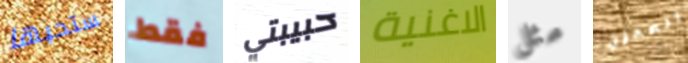
ستحبها فقط حبيبتي الاغنية مثل المحزن